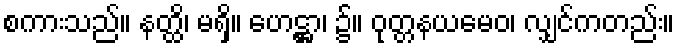
စကားသည်။ နတ္ထိ၊ မရှိ။ ဟေဋ္ဌာ၊ ၌။ ဝုတ္တနယမေဝ၊ လျှင်ကတည်း။